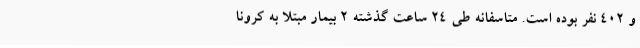
و 402 نفر بوده است. متاسفانه طی 24 ساعت گذشته 2 بیمار مبتلا به کرونا